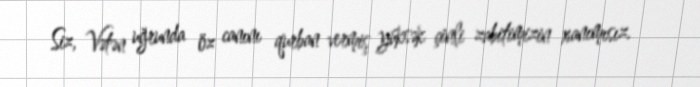
Siz, Vətən uğrunda öz canını qurban vermiş yüksək çinli zabitimizin xanımısız.